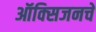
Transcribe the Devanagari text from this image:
ऑक्‍सिजनचे